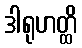
ဒါရုဟတ္ထိ